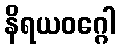
နိရယဝဂ္ဂေါ